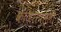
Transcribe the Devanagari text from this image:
कंजिरापल्ली